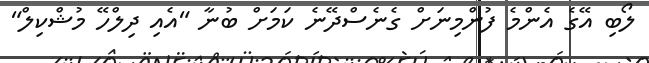
ލޯބި އޭގެ އެންމެ ފުންމިނަށް ގެނެސްދޭނެ ކަމަށް ބުނާ "އެއި ދިލްހޭ މުޝްކިލް"